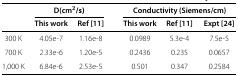
<table><thead><tr><td><b> </b></td><td colspan="2"><b>D(cm<sup><i>2</i></sup>/s)</b></td><td><b> </b></td><td colspan="3"><b>Conductivity (Siemens/cm)</b></td></tr><tr><td><b> </b></td><td><b>This work</b></td><td><b>Ref [11]</b></td><td><b> </b></td><td><b>This work</b></td><td><b>Ref [11]</b></td><td><b>Expt [24]</b></td></tr></thead><tbody><tr><td>300 K</td><td>4.05e-7</td><td>1.16e-8</td><td> </td><td>0.0989</td><td>5.3e-4</td><td>7.5e-5</td></tr><tr><td>700 K</td><td>2.33e-6</td><td>1.20e-5</td><td> </td><td>0.2436</td><td>0.235</td><td>0.0657</td></tr><tr><td>1,000 K</td><td>6.84e-6</td><td>2.53e-5</td><td> </td><td>0.501</td><td>0.347</td><td>0.2584</td></tr></tbody></table>